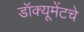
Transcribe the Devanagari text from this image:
डॉक्यूमेंटचे